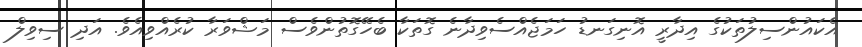
އެކައުންސިލުތަކުގެ އިދާރީ އޮނިގަނޑު ހަމަޖެއްސެވިދާނެ ގޮތަކާ ބެހޭގޮތުންވެސް މަޝްވަރާ ކުރެއްވިއެވެ. އަދި ސިވިލް